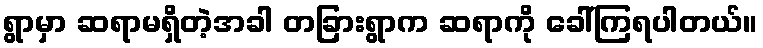
ရွာမှာ ဆရာမရှိတဲ့အခါ တခြားရွာက ဆရာကို ခေါ်ကြရပါတယ်။